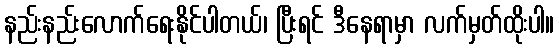
နည်းနည်းလောက်ရေးနိုင်ပါတယ်၊ ပြီးရင် ဒီနေရာမှာ လက်မှတ်ထိုးပါ။